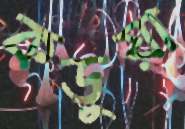
কড়ুয়া